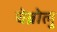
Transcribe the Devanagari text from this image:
चेब्रोलु